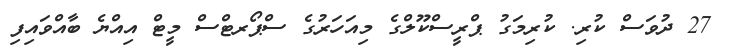
27 ދުވަސް ކުރި. ކުރިމަގު ޕްރީސްކޫލްގެ މިއަހަރުގެ ސްޕޯރޓްސް މީޓް އިއްޔެ ބާއްވައިފި